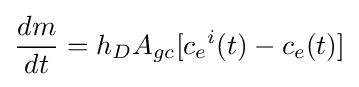
{dm \over dt}=h_{D}A_{gc}[{c_{e}}^{i}(t)-{c_{e}}(t)]